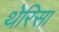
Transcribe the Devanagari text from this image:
थेरिसा